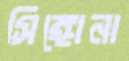
সিঙ্গোনা